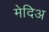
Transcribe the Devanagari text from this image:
मेदिअ